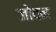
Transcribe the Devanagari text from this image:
जोवन